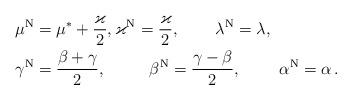
LaTeX: \begin{align*}\mu^{\rm N}&=\mu^*+\frac{\varkappa}{2},\varkappa^{\rm N}=\frac{\varkappa}{2},\qquad\,\lambda^{\rm N}=\lambda , \\\gamma^{\rm N}&=\frac{\beta + \gamma }{2},\qquad\ \ \beta^{\rm N}=\frac{ \gamma-\beta }{2}, \ \ \ \ \ \ \ \alpha^{\rm N}=\alpha \,.\end{align*}